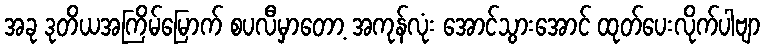
အခု ဒုတိယအကြိမ်မြောက် စပလီမှာတော့ အကုန်လုံး အောင်သွားအောင် ထုတ်ပေးလိုက်ပါဗျာ